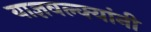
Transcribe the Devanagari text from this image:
याज्ञवल्क्यांनी